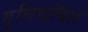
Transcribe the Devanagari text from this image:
गुलिफॉयल